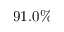
9 1 . 0 \%